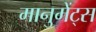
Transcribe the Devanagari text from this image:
मानुमेंट्स